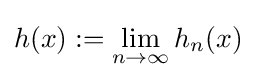
h(x):=\lim _{n\to \infty }h_{n}(x)